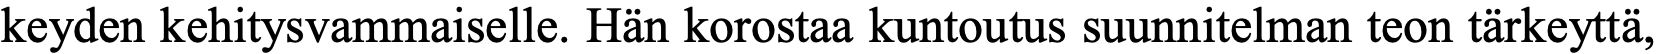
keyden kehitysvammaiselle. Hän korostaa kuntoutus suunnitelman teon tärkeyttä,